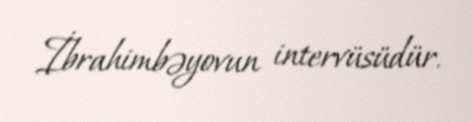
İbrahimbəyovun intervüsüdür.